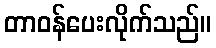
တာဝန်ပေးလိုက်သည်။